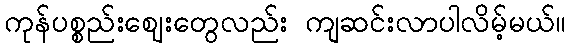
ကုန်ပစ္စည်းဈေးတွေလည်း ကျဆင်းလာပါလိမ့်မယ်။